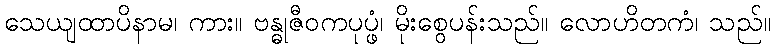
သေယျထာပိနာမ၊ ကား။ ဗန္ဓုဇီဝကပုပ္ဖံ၊ မိုးစွေပန်းသည်။ လောဟိတကံ၊ သည်။